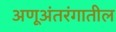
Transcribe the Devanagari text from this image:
अणूअंतरंगातील